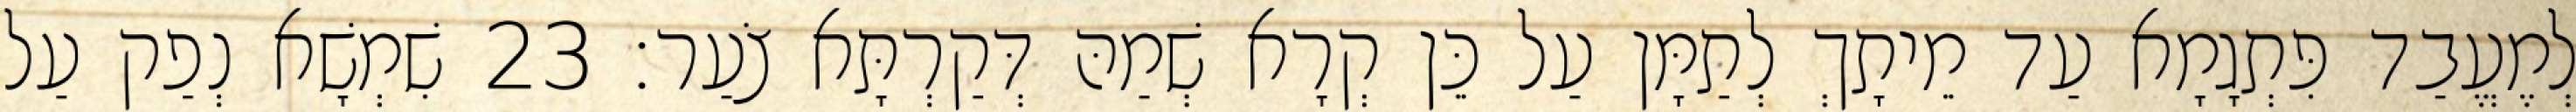
לְמֶעֱבַד פִּתְגָמָא עַד מֵיתָךְ לְתַמָּן עַל כֵּן קְרָא שְׁמַהּ דְּקַרְתָּא צֹעַר׃ 23 שִׁמְשָׁא נְפַק עַל